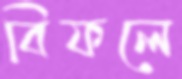
বিফলে